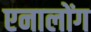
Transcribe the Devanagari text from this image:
एनालोंग